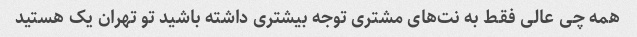
همه چی عالی فقط به نت‌های مشتری توجه بیشتری داشته باشید تو تهران یک هستید